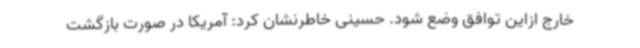
خارج ازاین توافق وضع شود. حسینی خاطرنشان کرد: آمریکا در صورت بازگشت